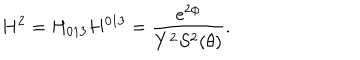
LaTeX: H ^ { 2 } = H _ { 0 1 3 } H ^ { 0 1 3 } = \frac { e ^ { 2 \phi } } { Y ^ { 2 } S ^ { 2 } ( \theta ) } .